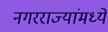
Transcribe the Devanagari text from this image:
नगरराज्यांमध्ये